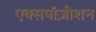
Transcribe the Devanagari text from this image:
एक्सपॉज़ीशन